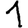
Digit: 1